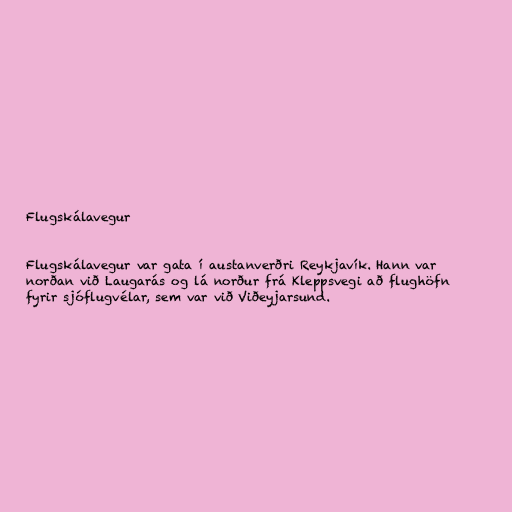
Flugskálavegur

Flugskálavegur var gata í austanverðri Reykjavík. Hann var
norðan við Laugarás og lá norður frá Kleppsvegi að flughöfn
fyrir sjóflugvélar, sem var við Viðeyjarsund.